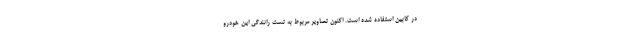
در کابین استفاده شده است. اکنون تصاویر مربوط به تست رانندگی این خودرو